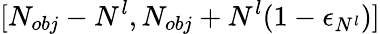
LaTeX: [N_{obj}-N^{l},N_{obj}+N^{l}(1-\epsilon_{N^{l}})]